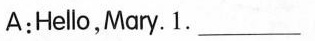
A:Hello,Mary. 1. ___